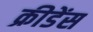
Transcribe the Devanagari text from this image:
क्रीडेंस